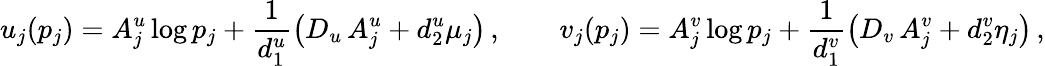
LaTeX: u_{j}(p_{j})=A_{j}^{u}\log p_{j}+\frac{1}{d_{1}^{u}}\left(D_{u}\, A_{j}^{u}+d_{2}^{u}\mu_{j}\right)\, ,\qquad v_{j}(p_{j})=A_{j}^{v}\log p_{j}+\frac{1}{d_{1}^{v}}\left(D_{v}\, A_{j}^{v}+d_{2}^{v}\eta_{j}\right)\, ,